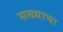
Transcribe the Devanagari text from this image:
सख्याचा